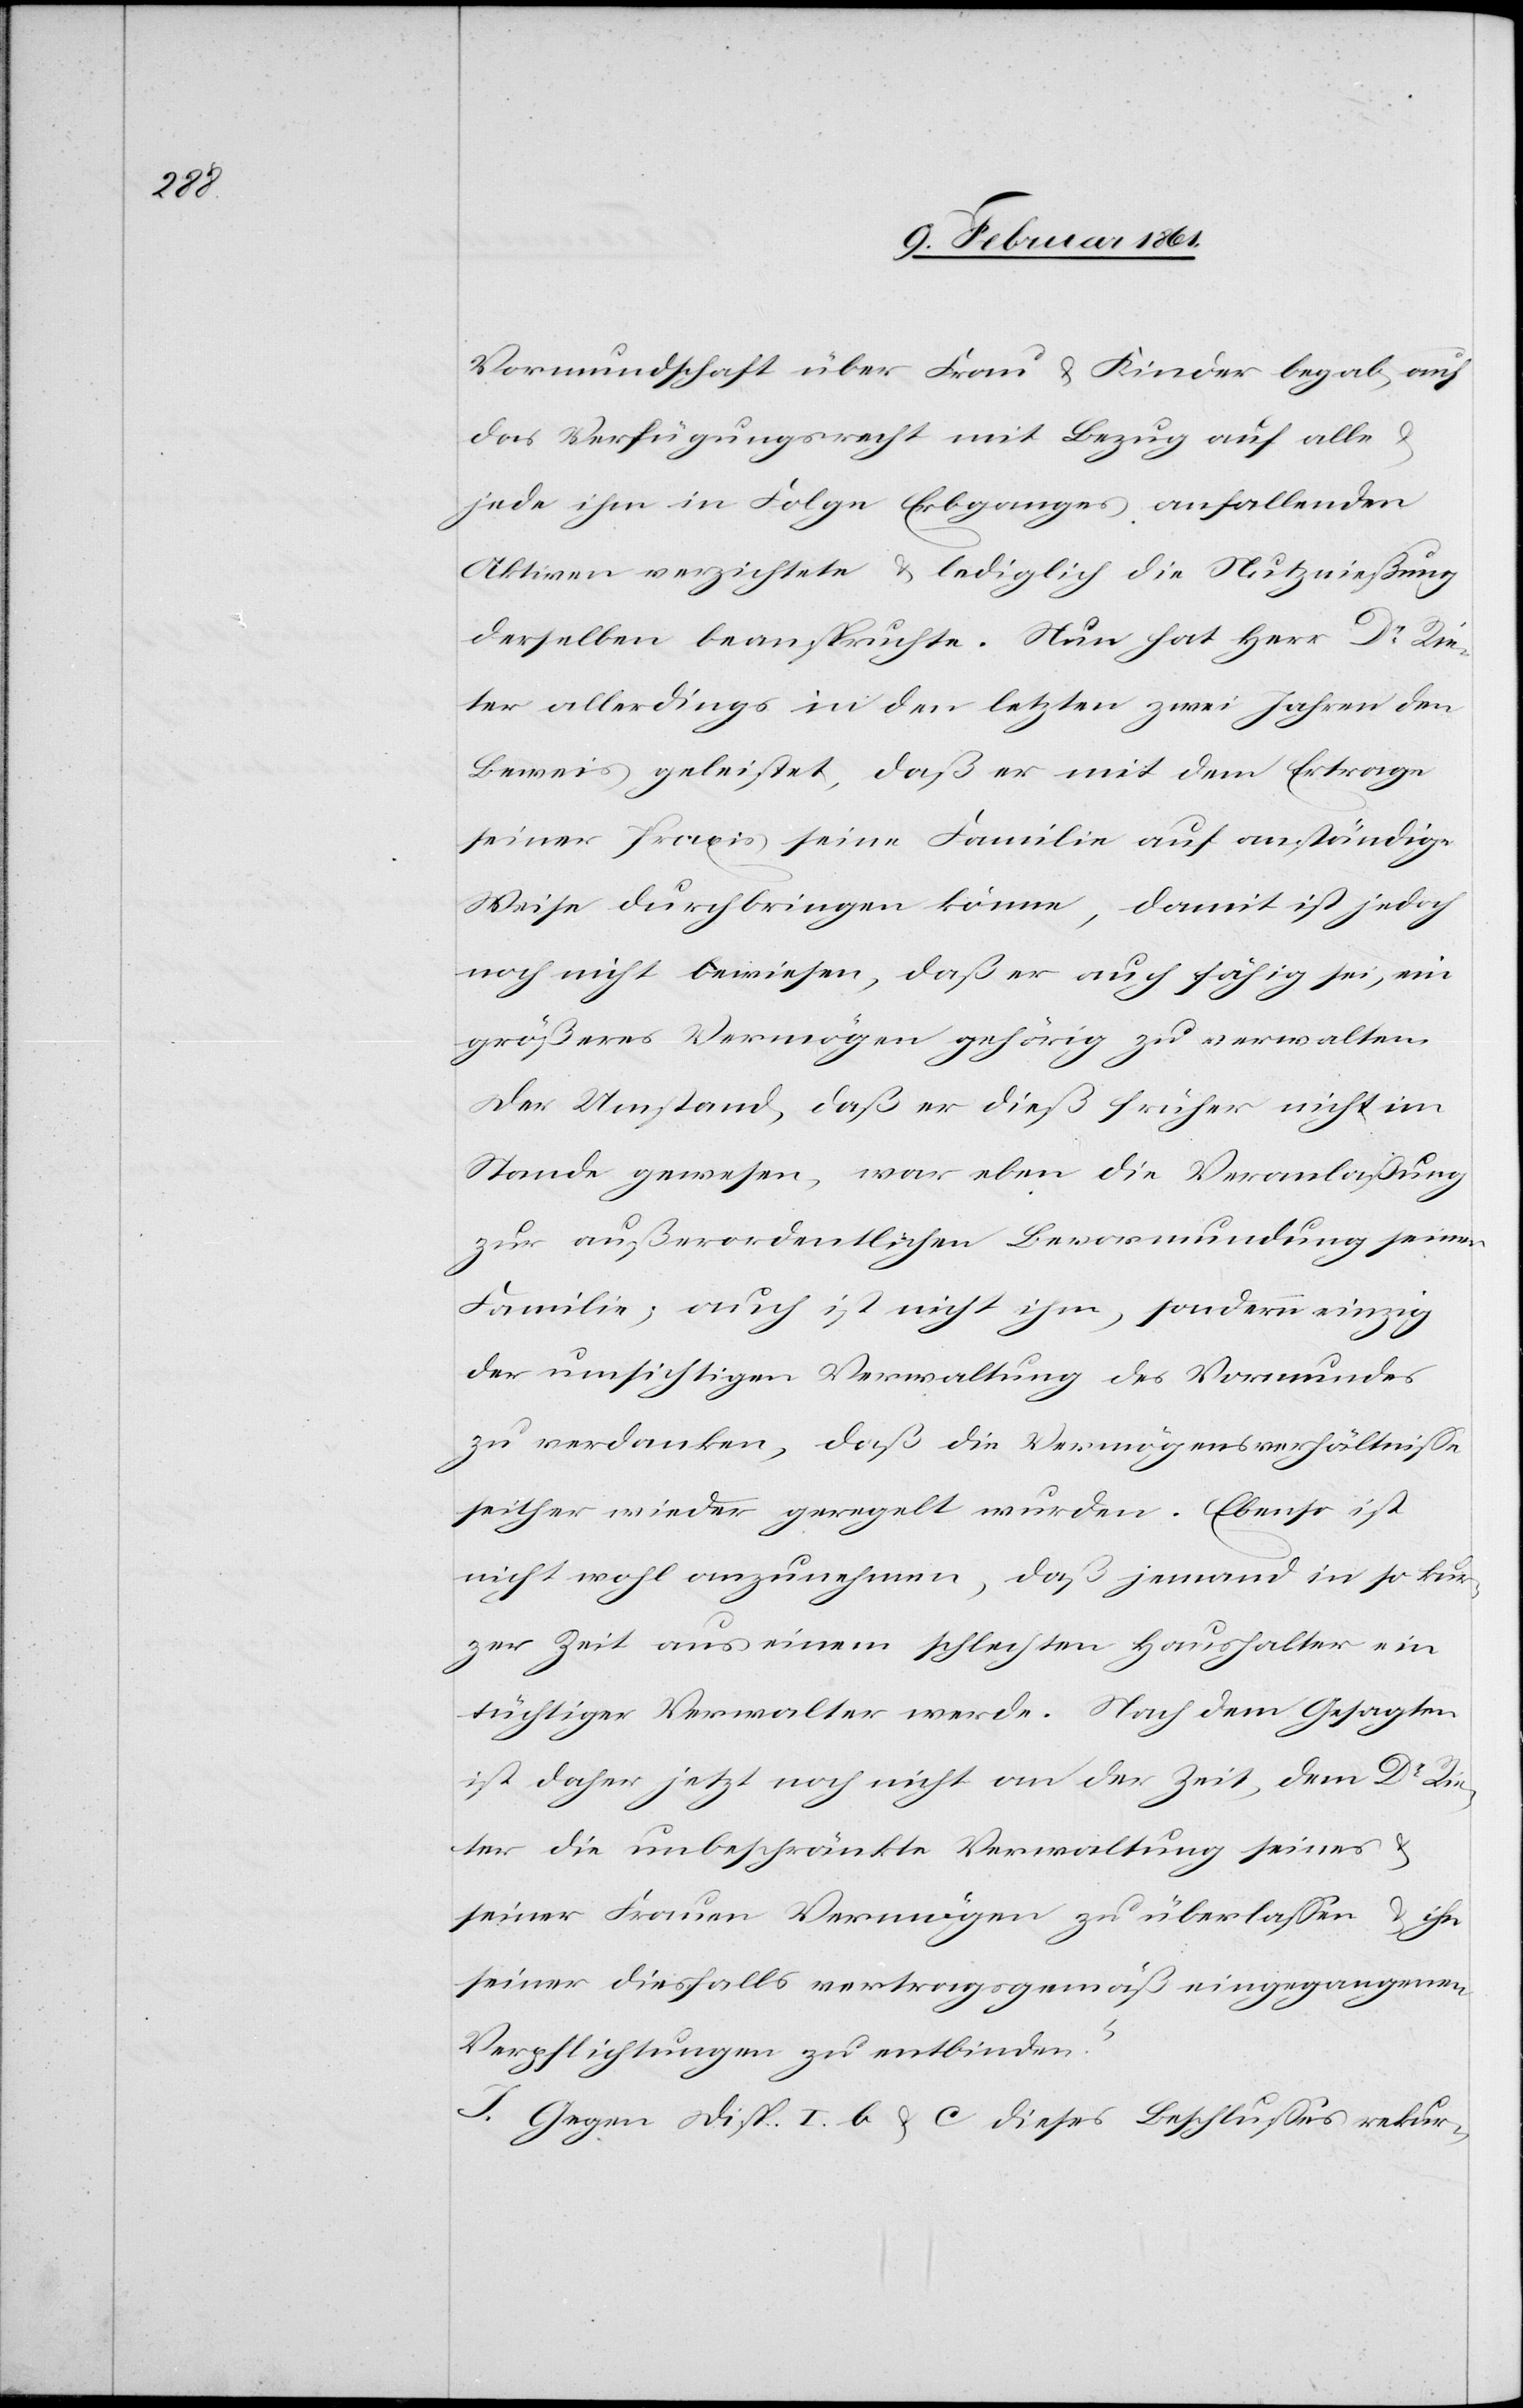
Vormundschaft über Frau u. Kinder begab, auch
das Verfügungsrecht mit Bezug auf alles
jede ihm in Folge Erbganges anfallenden
Aktiven verzichtete u. lediglich die Nutznießung
derselben beanspruchte. Nun hat Herr Dr Rie¬
ter allerdings in den letzten zwei Jahren den
Beweis geleistet, daß er mit dem Ertrage
seiner Praxis seine Familie auf anständige
Weise durchbringen könne, damit ist jedoch
noch nicht bewiesen, daß er auch fähig sei, ein
größeres Vermögen gehörig zu verwalten.
Der Umstand, daß er dieß früher nicht im
Stande gewesen, war eben die Veranlaßung
außerordentlicher Bevormundung seiner
Familie; auch ist nicht ihm, sondern einzig
der umsichtigen Verwaltung des Vormundes
zu verdanken, daß die Vermögensverhältnisse
seither wieder geregelt wurden. Ebenso ist
nicht wohl anzunehmen, daß jemand in so kur¬
zer Zeit aus einem schlechten Haushalter ein
tüchtiger Verwalter werde. Nach dem Gesagten
ist daher jetzt noch nicht an der Zeit, dem Dr. Rie¬
ter die unbeschränkte Verwaltung seines u.
seiner Frauen Vermögen zu überlassen u. ihn
seiner diesfalls vertraggemäß eingegangenen
Verpflichtungen zu entbinden.“
J. Gegen Disp. I. b u. c. dieses Beschlusses rekur-